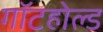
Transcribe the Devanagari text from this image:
गॉटहोल्ड